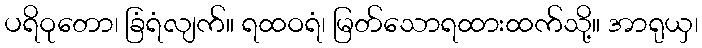
ပရိဝုတော၊ ခြံရံလျက်။ ရထဝရံ၊ မြတ်သောရထားထက်သို့။ အာရုယှ၊